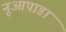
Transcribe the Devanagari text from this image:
नूआपाडा